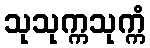
သုသုက္ကသုက္ကံ